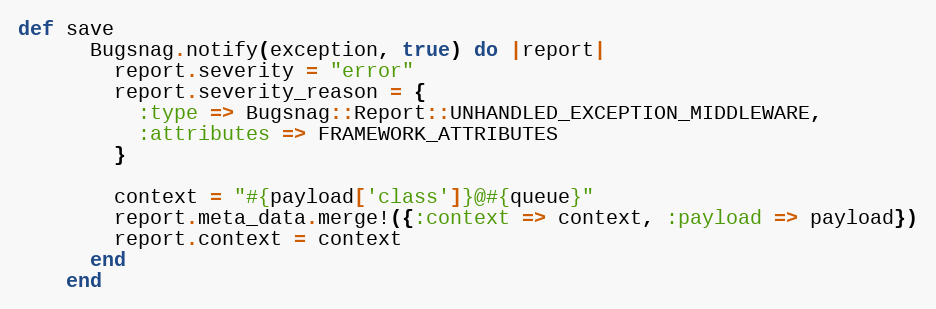
Language: Ruby
def save
      Bugsnag.notify(exception, true) do |report|
        report.severity = "error"
        report.severity_reason = {
          :type => Bugsnag::Report::UNHANDLED_EXCEPTION_MIDDLEWARE,
          :attributes => FRAMEWORK_ATTRIBUTES
        }

        context = "#{payload['class']}@#{queue}"
        report.meta_data.merge!({:context => context, :payload => payload})
        report.context = context
      end
    end